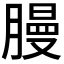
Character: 𫆳